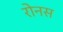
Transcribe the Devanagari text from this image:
रोनस